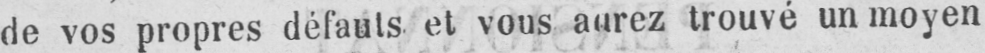
de vos propres défauts et vous aurez trouvé un moyen